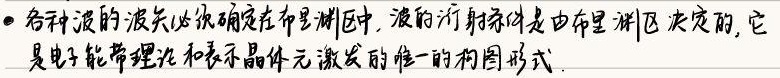
• 各种波的波矢必须确定在布里渊区中，波的衍射条件是由布里渊区决定的，它是电子能带理论和表示晶体元激发的唯一的构图形式。